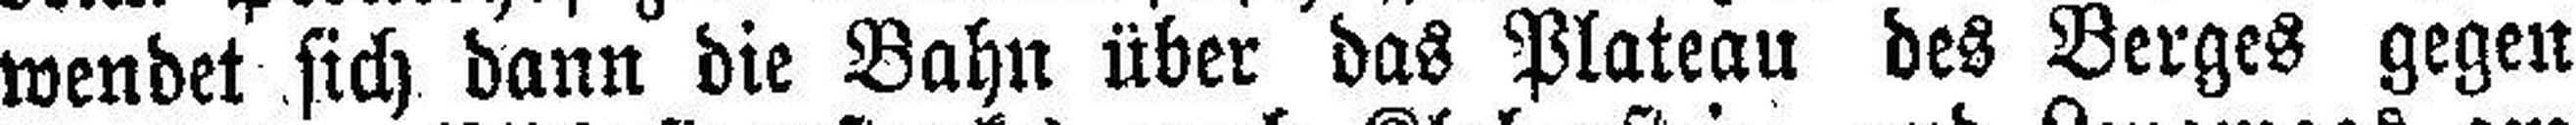
wendet sich dann die Bahn über das Plateau des Berges gegen